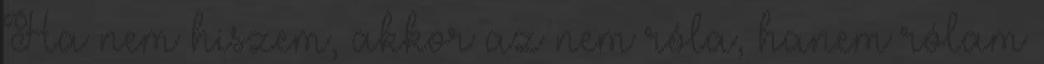
Ha nem hiszem, akkor az nem róla, hanem rólam